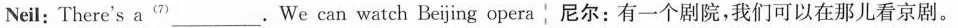
Neil:There's a^{(7)} ___.We can watch Beijing opera 尼尔：有一个剧院，我们可以在那儿看京剧。